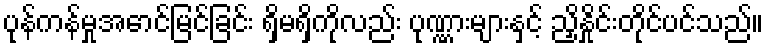
ပုန်ကန်မှုအောင်မြင်ခြင်း ရှိမရှိကိုလည်း ပုဏ္ဏားများနှင့် ညှိနှိုင်းတိုင်ပင်သည်။